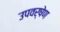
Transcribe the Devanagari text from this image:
उपवर्षेण